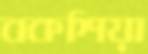
বকশিয়া